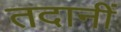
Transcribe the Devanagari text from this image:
तदानीं